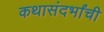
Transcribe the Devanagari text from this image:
कथासंदर्भांची